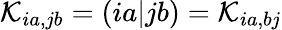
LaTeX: \mathcal{K}_{ia,jb}=(ia|jb)=\mathcal{K}_{ia,bj}